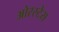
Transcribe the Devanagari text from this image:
ओरस्टेस